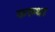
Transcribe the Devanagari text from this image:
करुथा